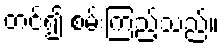
တင်၍ စမ်းကြည့်သည်။